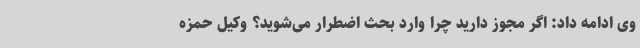
وی ادامه داد: اگر مجوز دارید چرا وارد بحث اضطرار می‌شوید؟ وکیل حمزه